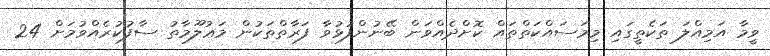
ވީމާ އަމިއްލަ ތަކެތީގައި މިމަސައްކަތްތައް ކޮށްދެއްވަން ބޭނުންފުޅުވާ ފަރާތްތަކުން މަޢުލޫމާތު ސާފުކުރެއްވުމަށް 24